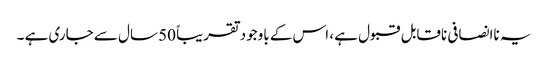
یہ ناانصافی ناقابل قبول ہے ، اس کے باوجود تقریباً 50 سال سے جاری ہے ۔